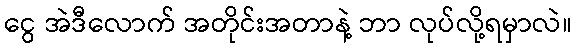
ငွေ အဲဒီလောက် အတိုင်းအတာနဲ့ ဘာ လုပ်လို့ရမှာလဲ။